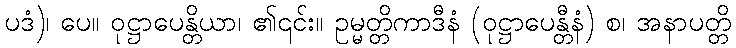
ပဒံ)၊ ပေ။ ဝုဋ္ဌာပေန္တိယာ၊ ၏၎င်း။ ဥမ္မတ္တိကာဒီနံ (ဝုဋ္ဌာပေန္တီနံ) စ၊ အနာပတ္တိ